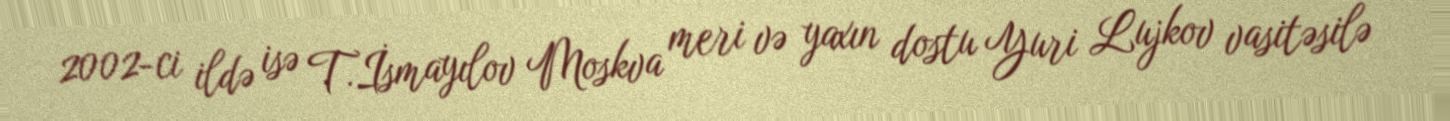
2002-ci ildə isə T.İsmayılov Moskva meri və yaxın dostu Yuri Lujkov vasitəsilə